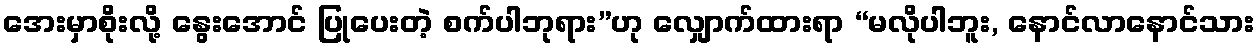
အေးမှာစိုးလို့ နွေးအောင် ပြုပေးတဲ့ စက်ပါဘုရား”ဟု လျှောက်ထားရာ “မလိုပါဘူး, နောင်လာနောင်သား